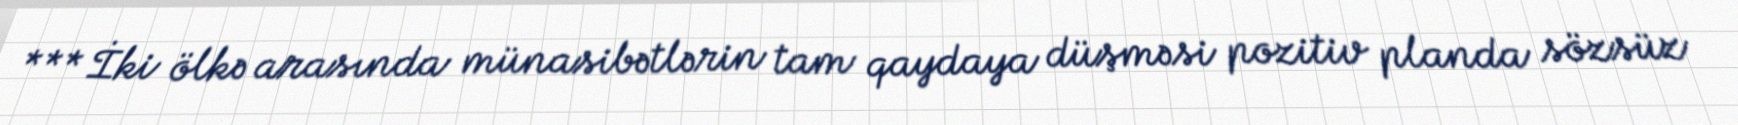
*** İki ölkə arasında münasibətlərin tam qaydaya düşməsi pozitiv planda sözsüz